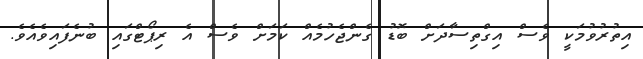
އިތުރުވުމަކީ ވެސް އިގްތިސާދަށް ބޮޑު ގެންޖެހުމެއް ކަމަށް ވެސް އެ ރިޕޯޓްގައި ބުނެފައިވެއެވެ.